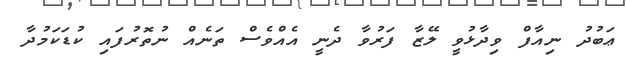
ޢަބުދު ނިއާފް ވިދާޅުވީ ލޭޒާ ފަރުވާ ދެނީ އެއްވެސް ތަނެއް ނުތޮރުފައި ކުޑަކަމުދާ